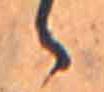
ゝ